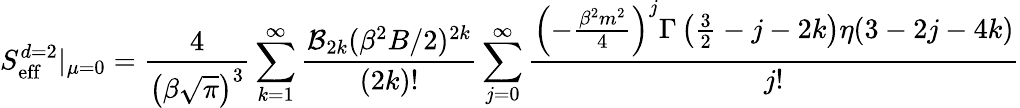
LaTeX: S_{\mathrm{eff}}^{d=2}|_{\mu=0}={\frac{4}{\left(\beta\sqrt{\pi}\right)^{3}}}\sum_{k=1}^{\infty}{\frac{{\cal B}_{2k}(\beta^{2}B/2)^{2k}}{(2k)!}}\sum_{j=0}^{\infty}{\frac{\left(-{\frac{\beta^{2}m^{2}}{4}}\right)^{j}\Gamma\left(\frac{3}{2}-j-2k\right)\eta(3-2j-4k)}{j!}}